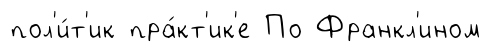
пол'и́т'ик пра́кт'ик'е По Франкл'ином